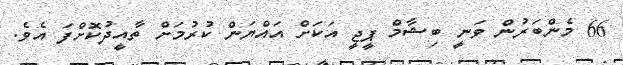
66 މެންބަރުން ވަނީ ބިޝާމް ޕީޖީ އަކަށް އައްޔަން ކުރުމަށް ތާއީދުކޮށްފަ އެވެ.